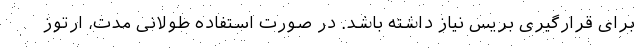
برای قرارگیری بریس نیاز داشته باشد. در صورت استفاده طولانی مدت، ارتوز